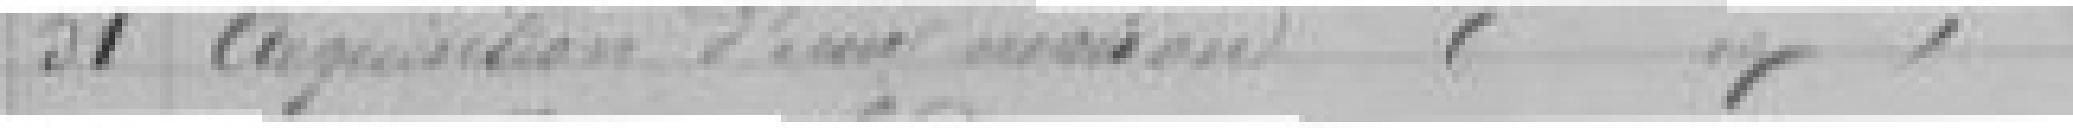
51. Acquisition d'une maison ???